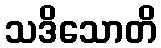
သဒိသောတိ